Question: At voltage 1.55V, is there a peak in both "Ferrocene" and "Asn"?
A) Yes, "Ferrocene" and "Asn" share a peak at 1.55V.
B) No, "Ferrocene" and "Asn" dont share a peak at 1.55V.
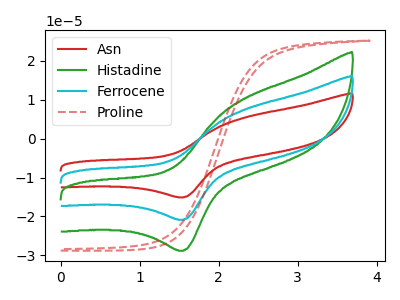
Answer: <think>The red curve "Asn" has an anodic peak at (2.35V, 14.95uA) and a cathodic peak at (1.55V, -41.70uA). The green curve "Histadine" has an anodic peak at (2.35V, 10.35uA) and a cathodic peak at (1.55V, -28.80uA). The cyan curve "Ferrocene" has an anodic peak at (2.35V, 7.50uA) and a cathodic peak at (1.55V, -20.85uA). The red dashed curve "Proline" has no peaks.</think>
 <answer>A) Yes, "Ferrocene" and "Asn" share a peak at 1.55V.</answer>
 <eval>A</eval>